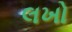
લખો